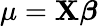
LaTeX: \mu=\mathbf{X}{\boldsymbol{\beta}}\,